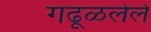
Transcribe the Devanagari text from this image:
गढूळलेले